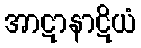
အာဋာနာဋိယံ